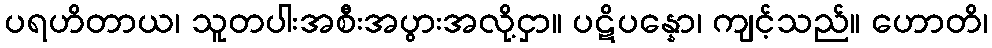
ပရဟိတာယ၊ သူတပါးအစီးအပွားအလို့ငှာ။ ပဋိပန္နော၊ ကျင့်သည်။ ဟောတိ၊